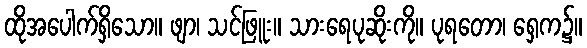
ထိုအပေါက်ရှိသော။ ဖျာ၊ သင်ဖြူး။ သားရေပုဆိုးကို။ ပုရတော၊ ရှေက၌။